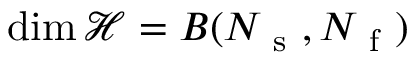
\dim \mathcal { H } = B ( N _ { \mathrm { ~ s ~ } } , N _ { \mathrm { ~ f ~ } } )